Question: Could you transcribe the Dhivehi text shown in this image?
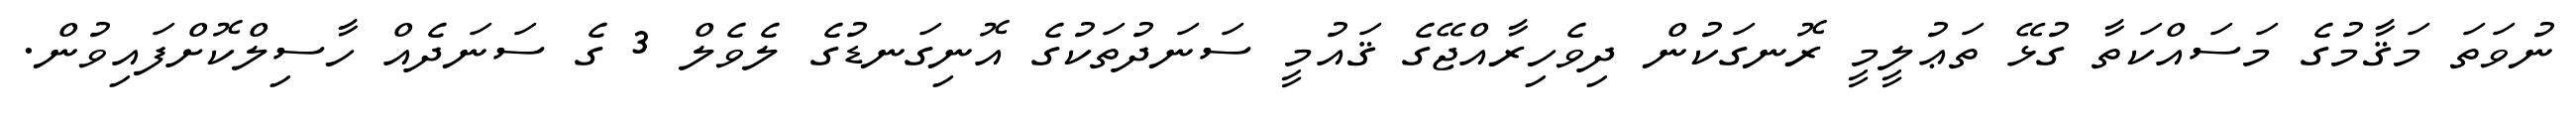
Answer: ނުވަތަ މަޤާމުގެ މަސައްކަތާ ގުޅޭ ތަޢުލީމީ ރޮނގަކުން ދިވެހިރާއްޖޭގެ ޤައުމީ ސަނަދުތަކުގެ އޮނިގަނޑުގެ ލެވެލް 3 ގެ ސަނަދެއް ހާސިލްކޮށްފައިވުން.